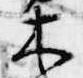
木